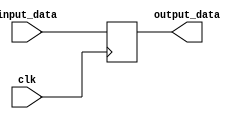
module REG_374(clk, input_data, output_data);

input [3:0] input_data;
input clk;

output [3:0] output_data;

reg [3:0] output_data;

always @(posedge clk)
begin
	output_data = input_data;
end

endmodule